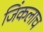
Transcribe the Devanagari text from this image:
जिंकलाच